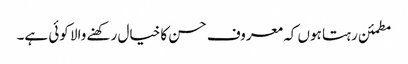
مطمئن رہتا ہوں کہ معروف حسن کا خیال رکھنے والا کوئی ہے۔